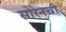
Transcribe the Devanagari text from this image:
सोरेनची